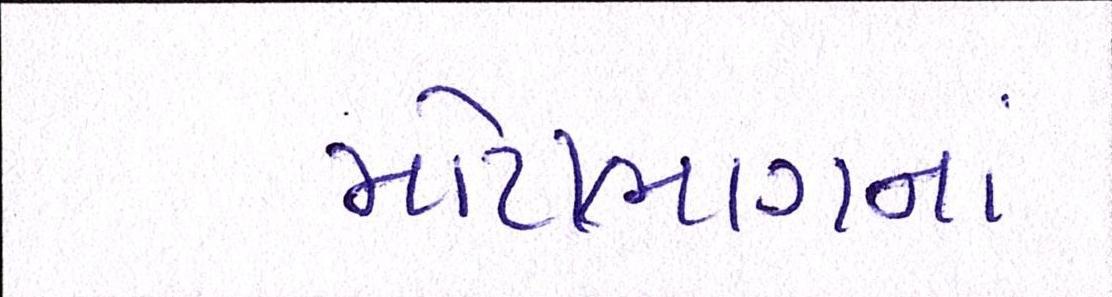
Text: મોટાભાગનાં